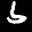
Label: 6